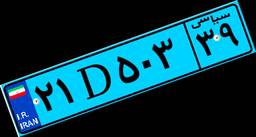
۲۱D۵۰۳۳۹